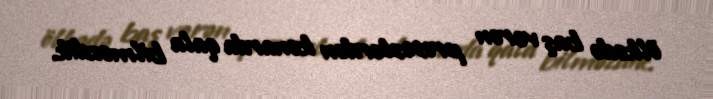
ölkədə baş verən proseslərdən kənarda qala bilməzdik.